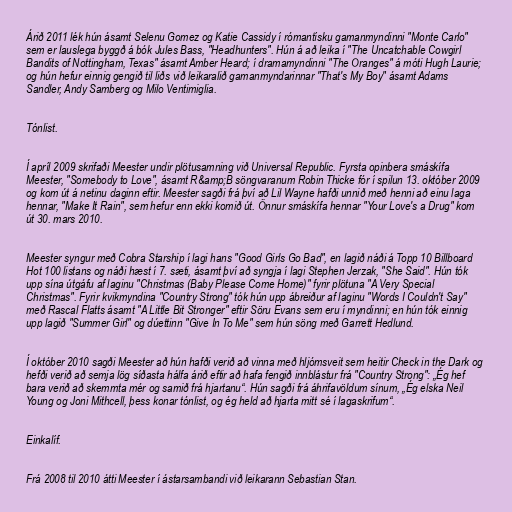
Árið 2011 lék hún ásamt Selenu Gomez og Katie Cassidy í rómantísku gamanmyndinni "Monte Carlo"
sem er lauslega byggð á bók Jules Bass, "Headhunters". Hún á að leika í "The Uncatchable Cowgirl
Bandits of Nottingham, Texas" ásamt Amber Heard; í dramamyndinni "The Oranges" á móti Hugh Laurie;
og hún hefur einnig gengið til liðs við leikaralið gamanmyndarinnar "That's My Boy" ásamt Adams
Sandler, Andy Samberg og Milo Ventimiglia.

Tónlist.

Í apríl 2009 skrifaði Meester undir plötusamning við Universal Republic. Fyrsta opinbera smáskífa
Meester, "Somebody to Love", ásamt R&amp;B söngvaranum Robin Thicke fór í spilun 13. október 2009
og kom út á netinu daginn eftir. Meester sagði frá því að Lil Wayne hafði unnið með henni að einu laga
hennar, "Make It Rain", sem hefur enn ekki komið út. Önnur smáskífa hennar "Your Love's a Drug" kom
út 30. mars 2010.

Meester syngur með Cobra Starship í lagi hans "Good Girls Go Bad", en lagið náði á Topp 10 Billboard
Hot 100 listans og náði hæst í 7. sæti, ásamt því að syngja í lagi Stephen Jerzak, "She Said". Hún tók
upp sína útgáfu af laginu "Christmas (Baby Please Come Home)" fyrir plötuna "A Very Special
Christmas". Fyrir kvikmyndina "Country Strong" tók hún upp ábreiður af laginu "Words I Couldn't Say"
með Rascal Flatts ásamt "A Little Bit Stronger" eftir Söru Evans sem eru í myndinni; en hún tók einnig
upp lagið "Summer Girl" og dúettinn "Give In To Me" sem hún söng með Garrett Hedlund.

Í október 2010 sagði Meester að hún hafði verið að vinna með hljómsveit sem heitir Check in the Dark og
hefði verið að semja lög síðasta hálfa árið eftir að hafa fengið innblástur frá "Country Strong": „Ég hef
bara verið að skemmta mér og samið frá hjartanu“. Hún sagði frá áhrifavöldum sínum, „Ég elska Neil
Young og Joni Mithcell, þess konar tónlist, og ég held að hjarta mitt sé í lagaskrifum“.

Einkalíf.

Frá 2008 til 2010 átti Meester í ástarsambandi við leikarann Sebastian Stan.